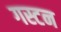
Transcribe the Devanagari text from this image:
गस्टन